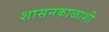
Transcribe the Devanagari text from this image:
शासनकाळाशी